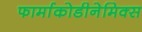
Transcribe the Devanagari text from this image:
फार्माकोडीनेमिक्स